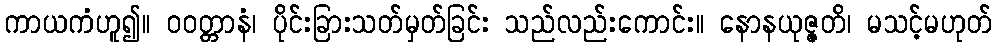
ကာယကံဟူ၍။ ဝဝတ္တာနံ၊ ပိုင်းခြားသတ်မှတ်ခြင်း သည်လည်းကောင်း။ နောနယုဇ္ဇတိ၊ မသင့်မဟုတ်